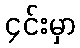
၄င်းမှာ